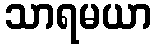
သာရမယာ